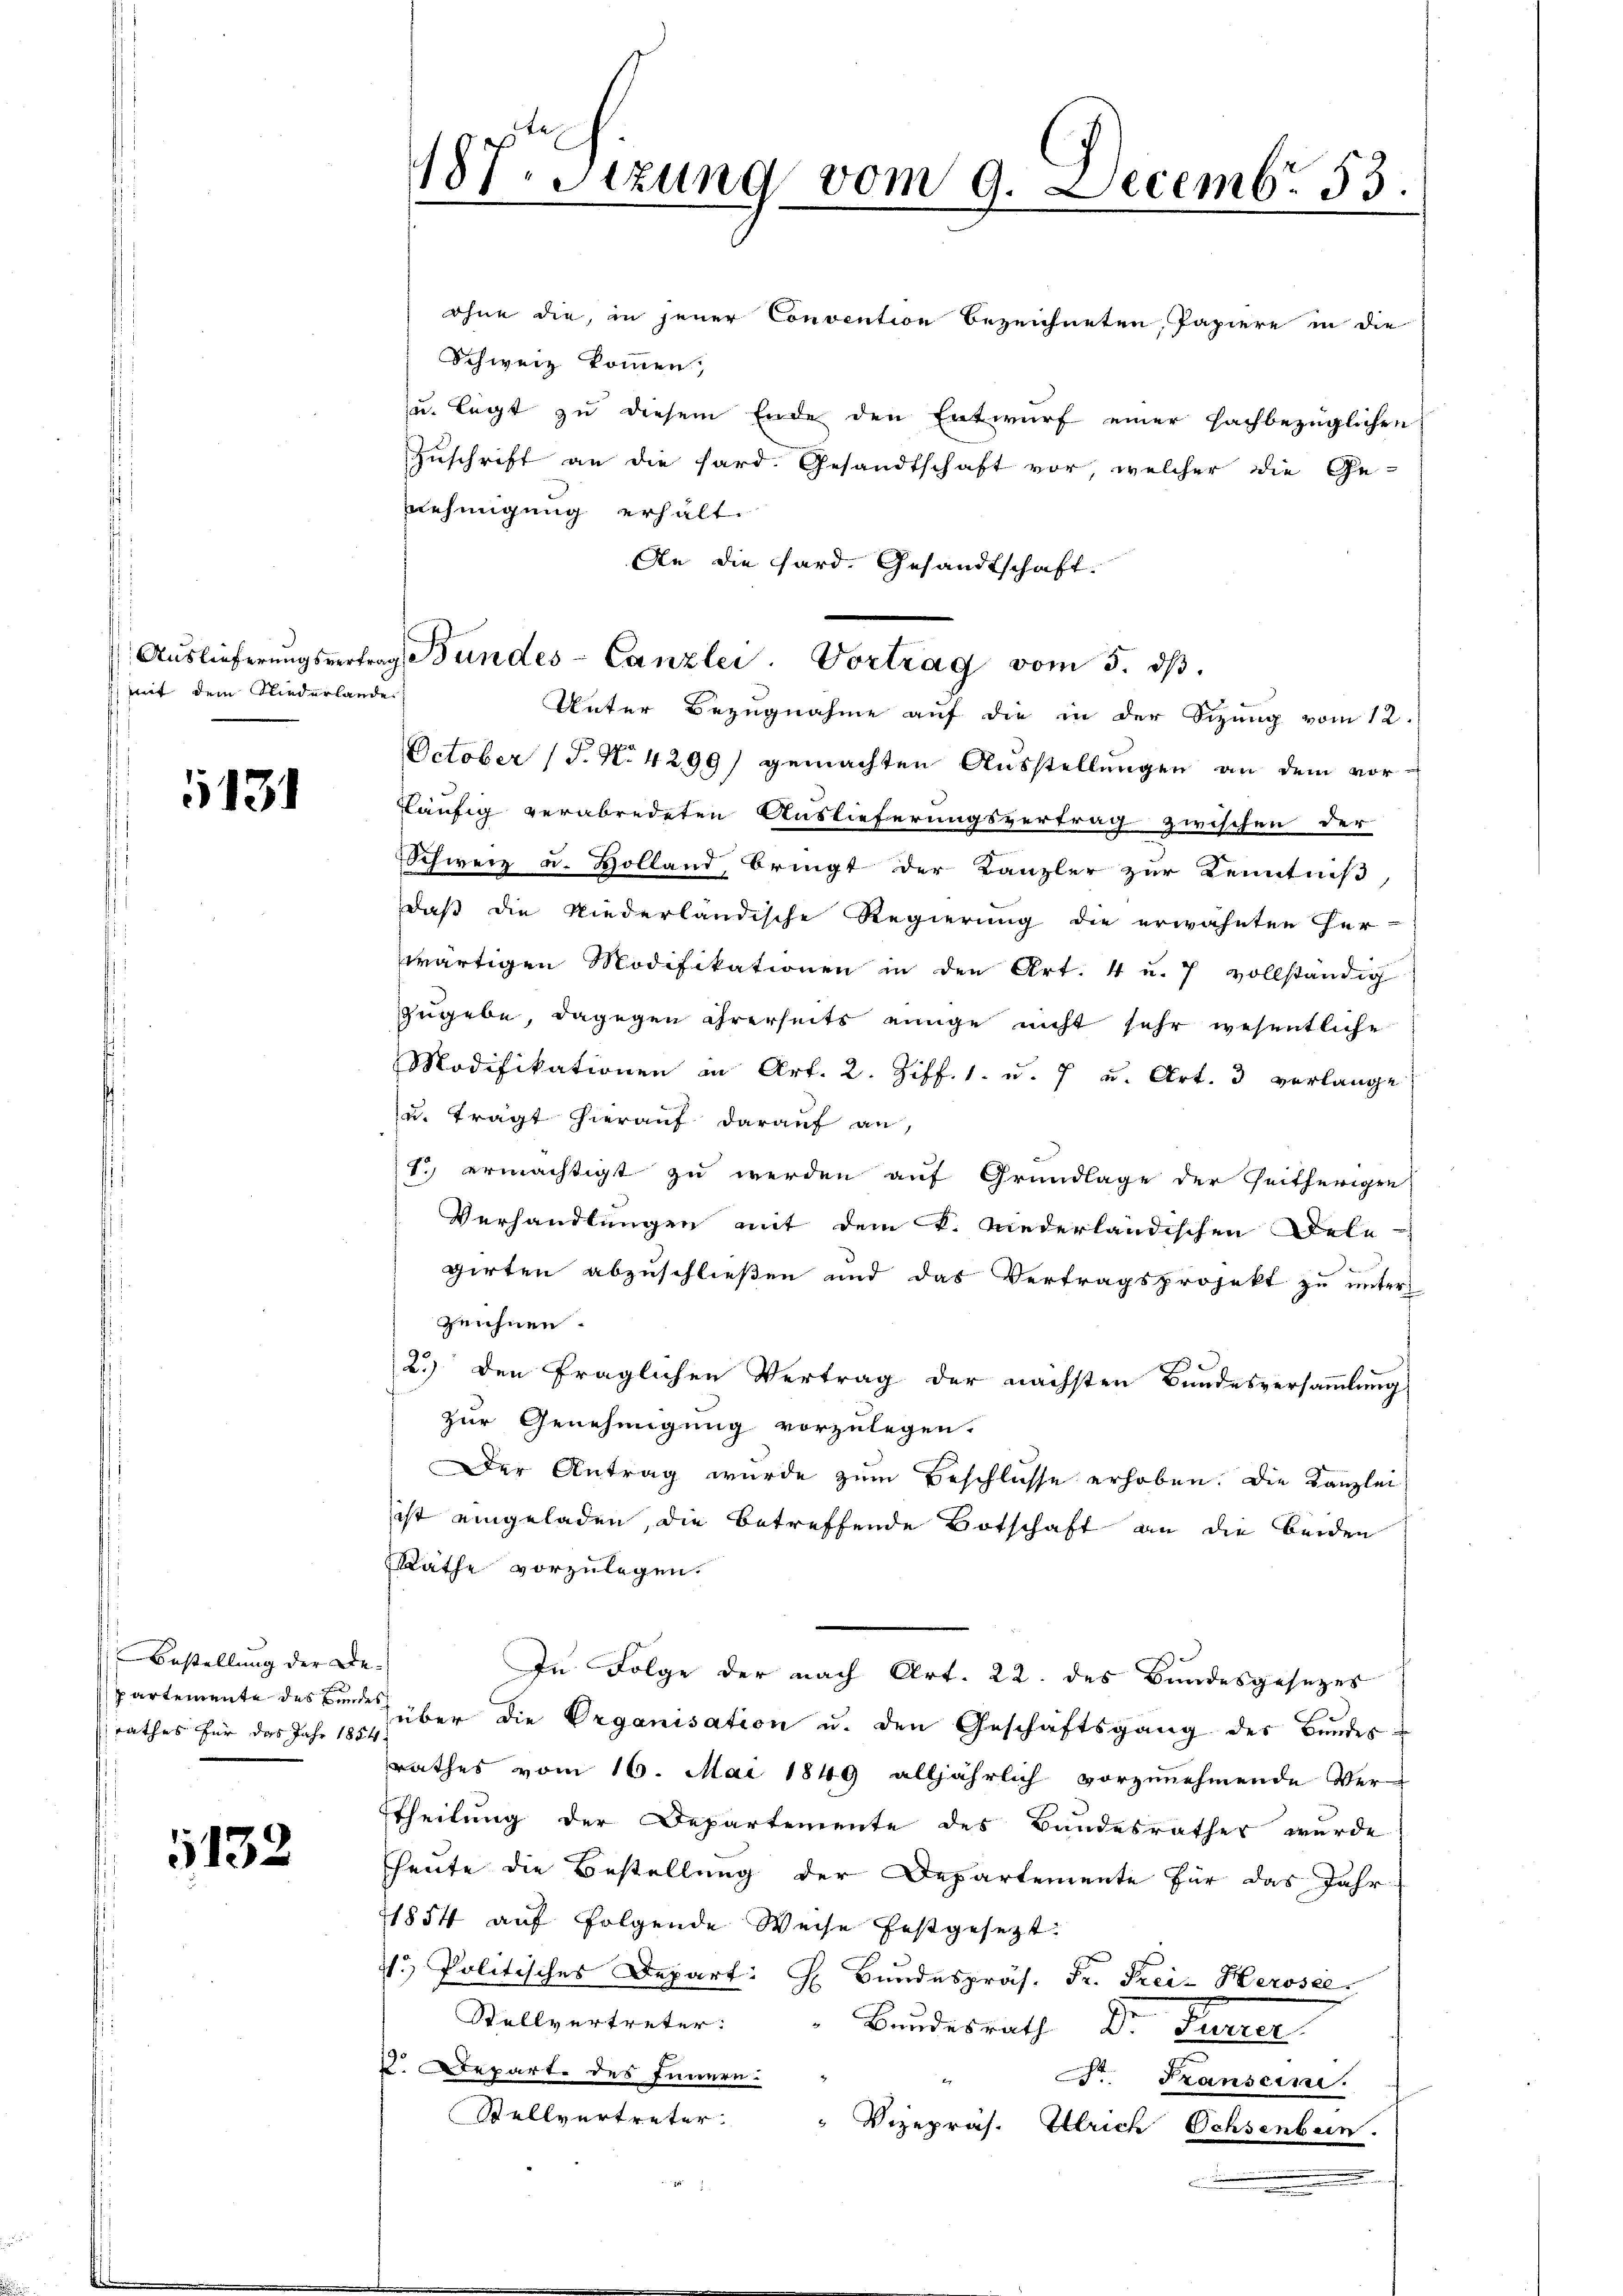
mit dem Niederlande

1131

Bestellung der Be-
rathes für das Jahr 1884

132.

187. Sizung vom 9. Decembr 53.

ohne die, in jener Convention bezeichneten, Papiere in die
Schweiz kommen,
Zuschrift an die fard. Gesandtschaft vor, welcher die Ge-
nehmigung erhält.
An die Sard. Gesandtschaft.
Unter Bezugnahme auf die in der Sizung vom 12.
October (T. N. 4299) gemachten Ausstellungen an dem vor-
läufig verabredeten Auslieferungsvertrag zwischen der
Schweiz u. Holland, bringt der Kanzler zur Kenntniß,
daß die Niederländische Regierung die erwähnten Her-
wärtigen Modifikationen in den Art. 4 u. 7 vollständig
zugebe, dagegen ihrerseits einige nicht sehr wesentliche
Modifikationen in Art. 2. Ziff. 1. u. 7 u. Art. 3 verlange
u. tragt hierauf darauf an,
1. ermächtigt zu werden auf Grundlage der Zeitherigen
Verhandlungen mit dem K. Niederländischen Dele-
girten abzuschließen und das Vertragsprojekt zu unter
Zeichnen.
2.) den fraglichen Vertrag der nächsten Bundesversammlung
zur Genehmigung vorzulegen.
Der Antrag wurde zŭm Beschlüsse erhoben. Die Kanzlei
ist eingeladen, die betreffende Botschaft an die beiden
Räthe vorzulegen.
In Folge der nach Art. 22. des Bundesgesezes
partemente des Berne über die Organisation u. den Geschäftsgang des Bundes-
rathes vom 16. Mai 1849 alljährlich vorzunehmende Ver-
Theilung der Departemente des Bandesrathes wurde
heute die Bestellung der Departemente für das Jahr
11854 auf folgende Weise festgesetzt:
1. Politisches Depart: H. Bŭndespräs. Fr. Frei- Herosel
Stellvertreter:
Bundesrath Dr. Ferner
K. Depart des Innern:
Dr. Franseine.
Stellvertreter: " Vizepräs. Ulrich Ochsenbein.
.

u. legt zu diesem Ende den Entwurf einer Fachbezüglichen

Aŭslieferŭngsvertrag, Bundes-Canzlei. Vortrag vom 5. dβ.